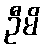
ဦမိ